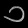
Digit: ၁